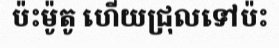
ប៉ះម៉ូតូ ហើយជ្រុលទៅប៉ះ